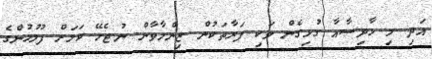
އަދި މި ހާދިސާއާ ގުޅިގެން ވަކި ފަރާތަކުން ޒިންމާވާން ނުޖެހޭ ކަމަށް ފުލުހުންގެ